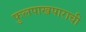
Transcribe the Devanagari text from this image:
फुलपाखपाराची